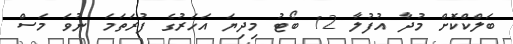
ބަލްކްކޮށް މުދާ އުފުލާ 12 ބޯޓު މިދިޔަ އަހަރުގެ ފުރަތަމަ ނުވަ މަސް